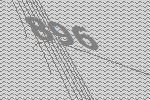
896